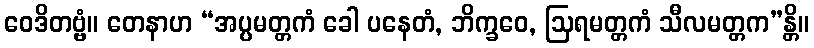
ဝေဒိတဗ္ဗံ။ တေနာဟ “အပ္ပမတ္တကံ ခေါ ပနေတံ, ဘိက္ခဝေ, ဩရမတ္တကံ သီလမတ္တက”န္တိ။